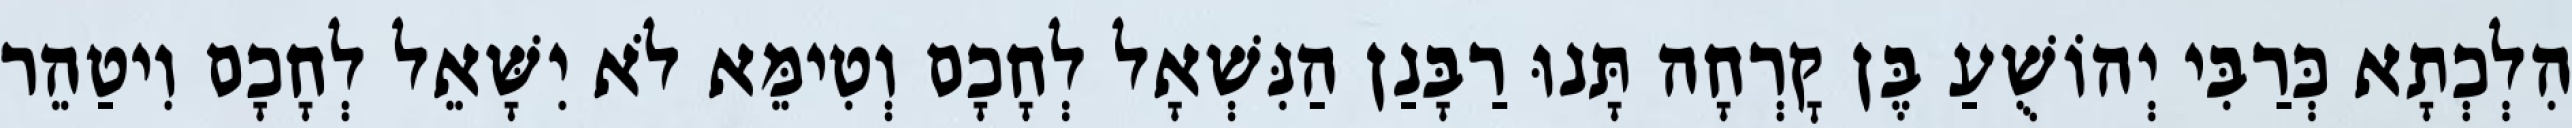
הִלְכְתָא כְּרַבִּי יְהוֹשֻׁעַ בֶּן קׇרְחָה תָּנוּ רַבָּנַן הַנִּשְׁאָל לְחָכָם וְטִימֵּא לֹא יִשָּׁאֵל לְחָכָם וִיטַהֵר